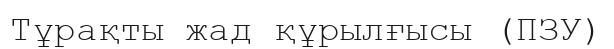
Тұрақты жад құрылғысы (ПЗУ)